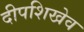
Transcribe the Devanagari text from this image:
दीपशिखेव